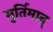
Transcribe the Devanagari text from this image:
मुर्तिमान्